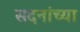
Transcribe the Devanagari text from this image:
सदनांच्या